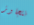
نتجاوز